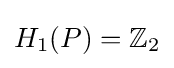
H_{1}(P)=\mathbb {Z} _{2}